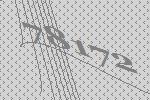
78172